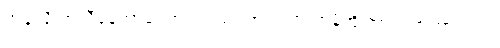
အခုလို တူညီနေတာကြောင့်လည်း အရင်က ကမိုအို အာလဗာဟာ လရဲ့